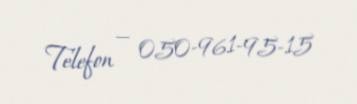
Telefon — 050-961-95-15